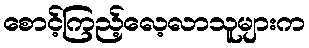
စောင့်ကြည့်လေ့လာသူများက